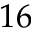
1 6